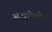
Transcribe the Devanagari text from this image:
अंटरनेहमेन